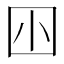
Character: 𡆧